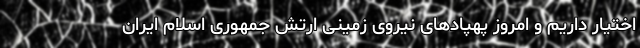
اختیار داریم و امروز پهپادهای نیروی زمینی ارتش جمهوری اسلام ایران